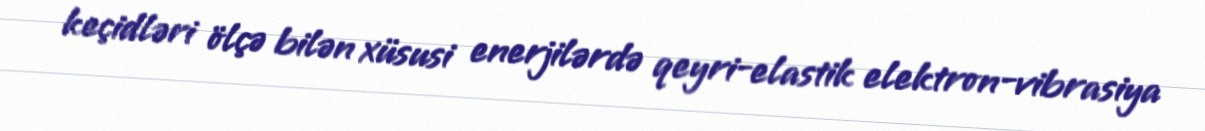
keçidləri ölçə bilən xüsusi enerjilərdə qeyri-elastik elektron-vibrasiya